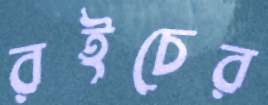
রইচের